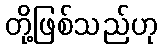
တို့ဖြစ်သည်ဟု